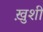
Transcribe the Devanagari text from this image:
खु़शी